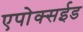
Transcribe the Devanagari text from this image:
एपोक्सईड